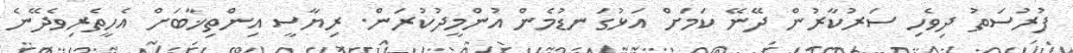
ފުރުސަތު ދިވެހި ސަރުކާރުން ދޭނޭ ކަމަށް އަޅުގަނޑުމެން އުންމީދުކުރަން. ރިޔާސީ އިންތިޚާބަށް އެހީތެރިވެދޭނެ